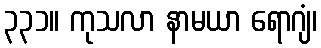
၃၃၁။ ကုသလာ နာမယာ ရောဂျံ၊